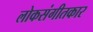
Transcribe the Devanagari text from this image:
लोकसंगीतकार